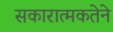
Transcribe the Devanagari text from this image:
सकारात्मकतेने